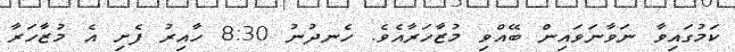
ކަމުގައިވާ ނަވާނަވައިން ބޭއްވި މުޒާހަރާއެވެ. ހެނދުނު 8:30 ހާއިރު ފެށި އެ މުޒާހަރާ